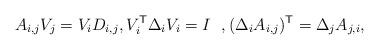
LaTeX: \begin{align*}A_{i,j}V_j=V_iD_{i,j}, V_i^{\mathsf{T}}\Delta_iV_i=I \ \ , (\Delta_iA_{i,j})^{\mathsf{T}}=\Delta_jA_{j,i},\end{align*}